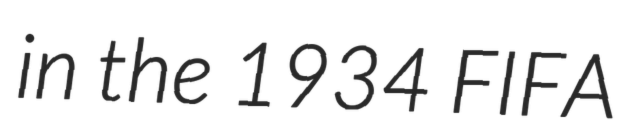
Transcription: in the 1934 FIFA